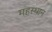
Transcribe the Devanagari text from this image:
महस्थान